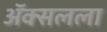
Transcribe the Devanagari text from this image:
ॲक्सलला